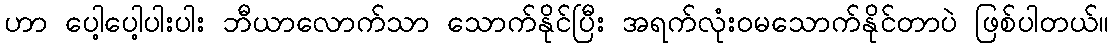
ဟာ ပေါ့ပေါ့ပါးပါး ဘီယာလောက်သာ သောက်နိုင်ပြီး အရက်လုံးဝမသောက်နိုင်တာပဲ ဖြစ်ပါတယ်။